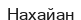
Нахайан